Lunatic asylums in Bengal annual reports 1899-1911 - 1899-1911
Year: 1899
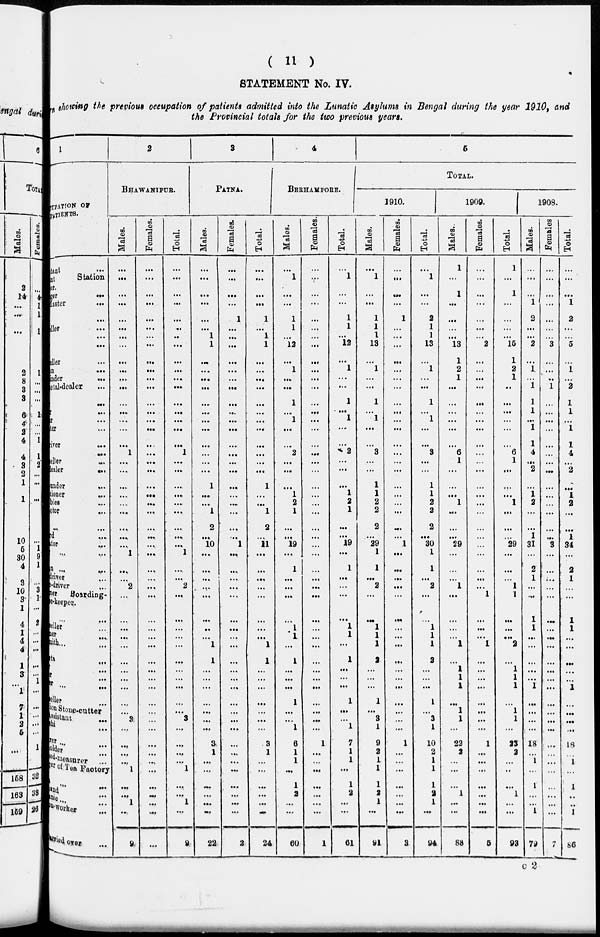
( 11 )
STATEMENT No. IV.
showing the previous occupation of patients admitted into the Lunatic Asylums in Bengal during the year 1910, and
the Provincial totals for the two previous years.
1
UPATION OF
PATIENTS.
tant
...
at
Station
er.
ger
...
Master ...
...
ller ...
...
...
iller ...
a ...
inder
...
etal-dealer ...
...
...
r ...
ler ...
iver ...
...
eller ...
ealer
...
under ...
ioner ...
bles ...
ctor ...
... ...
d ...
tor ...
... ...
a ... ...
river ...
i-driver ...
ner Boarding-
e-keeper.
... ...
eller ...
ler ...
nith ... ...
ta
...
...
r
...
... ...
eller
...
ion Stone-cutter
ssistant
...
hi ...
rer ...
older ...
ad-measurer ...
er of Tea Factory
... ...
nd ...
nin ...
n-Worker ...
fctadoitf
...
2
BHAWANIPUR.
Males.
...
...
...
...
...
...
...
...
...
...
...
...
...
...
...
...
...
1
...
...
...
...
...
...
...
...
...
1
...
...
2
...
...
...
...
...
...
...
...
...
...
...
3
...
...
...
...
1
...
...
1
...
9
Females.
...
...
...
...
...
...
...
...
...
...
...
...
...
...
...
...
...
...
...
...
...
...
...
...
...
...
...
...
...
...
...
...
...
...
...
...
...
...
...
...
...
...
...
...
...
...
...
...
...
...
...
...
...
Total.
...
...
...
...
...
...
...
...
...
...
...
...
...
...
...
...
...
1
...
...
...
...
...
...
...
...
...
1
...
...
2
...
...
...
...
...
...
...
...
...
...
...
3
...
...
...
...
1
...
...
1
...
9
3
PATNA.
Males.
...
...
...
...
...
...
1
1
...
...
...
...
...
...
...
...
...
...
...
...
1
...
...
1
2
...
10
...
...
...
...
...
...
...
...
1
1
...
...
...
...
...
...
...
3
1
...
...
...
...
...
...
22
Females.
...
...
...
...
1
...
...
...
...
...
...
...
...
...
...
...
...
...
...
...
...
...
...
...
...
...
1
...
...
...
...
...
...
...
...
...
...
...
...
...
...
...
...
...
...
...
...
...
...
...
...
...
2
Total.
...
...
...
...
1
...
1
1
...
...
...
...
...
...
...
...
...
...
...
...
1
...
...
1
2
...
11
...
...
...
...
...
...
...
...
1
1
...
...
...
...
...
...
...
3
1
...
...
...
...
...
...
24
4
BERHAMPORE.
Males.
...
1
...
...
1
1
...
12
...
1
...
...
1
...
1
...
...
2
...
...
...
1
2
1
...
...
19
...
1
...
...
...
...
1
1
...
1
...
...
...
1
...
...
1
6
1
1
...
1
2
...
...
60
Females.
...
...
...
...
...
...
...
...
...
...
...
...
...
...
...
...
...
...
...
...
...
...
...
...
...
...
...
...
...
...
...
...
...
...
...
...
...
...
...
...
...
...
...
...
1
...
...
...
...
...
...
...
1
Total.
...
1
...
...
1
1
...
12
...
1
...
...
1
...
1
...
...
2
...
...
...
1
2
1
...
...
19
...
1
...
...
...
...
1
1
...
1
...
...
...
1
...
...
1
7
1
1
...
1
2
...
...
61
5
TOTAL.
1910.
Males.
...
1
...
...
1
1
1
13
...
1
...
...
1
...
1
...
...
3
...
...
1
1
2
2
2
...
29
1
1
...
2
...
...
1
1
1
2
...
...
...
1
...
3
1
9
2
1
1
1
2
1
...
91
Females.
...
...
...
...
1
...
...
...
...
...
...
...
...
...
...
...
...
...
...
...
...
...
...
...
...
...
1
...
...
...
...
...
...
...
...
...
...
...
...
...
...
...
...
...
1
...
...
...
...
...
...
...
3
Total.
...
1
...
...
2
1
1
13
...
1
...
...
1
... 1
...
...
3
...
...
1
1
2
2
2
...
30
1
1
...
2
...
...
1
1
1
2
...
...
...
1
...
3
1
10
2
1
1
1
2
1
...
94
1909.
Males.
1
...
1
...
...
...
...
13
1
2
1
...
...
...
...
...
...
6
1
...
...
...
1
...
...
...
29
...
...
...
1
...
...
...
...
1
...
1
1
1
...
1
1
...
22
2
...
...
...
1
...
...
88
Females.
...
...
...
...
...
...
...
2
...
...
...
...
...
...
...
...
...
...
...
...
...
...
...
...
...
...
...
...
...
...
...
1
...
...
...
1
...
...
...
...
...
...
...
...
1
...
...
...
...
...
...
...
5
Total.
1
...
1
...
...
...
...
15
1
2
1
...
...
...
...
...
...
6
1
...
...
...
1
...
...
...
29
...
...
...
1
1
...
...
...
2
... 1
1
1
...
1
1
...
23
2
...
...
...
1
...
...
93
1908.
Males.
...
...
...
1
2
...
...
2
...
1
...
1
1
1
...
1
1
4
...
2
...
1
2
...
...
1
31
...
2
1
...
...
1
1
...
...
...
...
...
1
...
...
...
...
18
...
1
...
1
...
...
1
79
Females
...
...
...
...
...
...
...
3
...
...
..
1
...
...
...
...
...
...
...
...
...
...
...
...
...
...
3
...
...
...
...
...
...
...
...
...
...
...
...
...
...
...
...
...
...
...
...
...
...
...
...
...
7
Total.
...
...
...
1
2
...
...
5
...
1
...
2
1
1
...
1
1
4
...
2
...
1
2
...
...
1
34
...
2
1
...
...
1
1
...
...
...
...
...
1
...
...
...
...
18
...
1
...
1
...
...
1
86
C 2